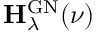
\mathbf H _ { \lambda } ^ { \mathrm { G N } } ( \ensuremath { \boldsymbol \nu } )